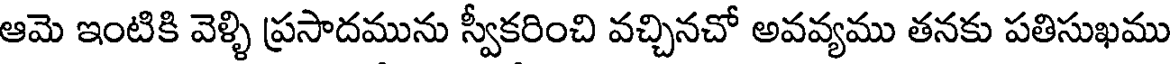
ఆమె ఇంటికి వెళ్ళి ప్రసాదమును స్వీకరించి వచ్చినచో అవవ్యము తనకు పతిసుఖము